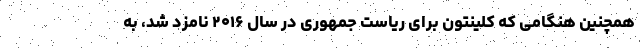
همچنین هنگامی که کلینتون برای ریاست جمهوری در سال ۲۰۱۶ نامزد شد، به